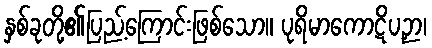
နှစ်ခုတို့၏ပြည့်ကြောင်းဖြစ်သော။ ပုရိမာကောဋိပဉှာ၊